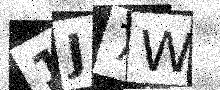
Text: 1J7W